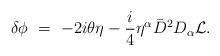
LaTeX: \begin{align*}\delta\phi\ =\ -2i \theta\eta - {i\over4} \eta^\alpha {\bar D}^2 D_\alpha{\cal L}.\end{align*}